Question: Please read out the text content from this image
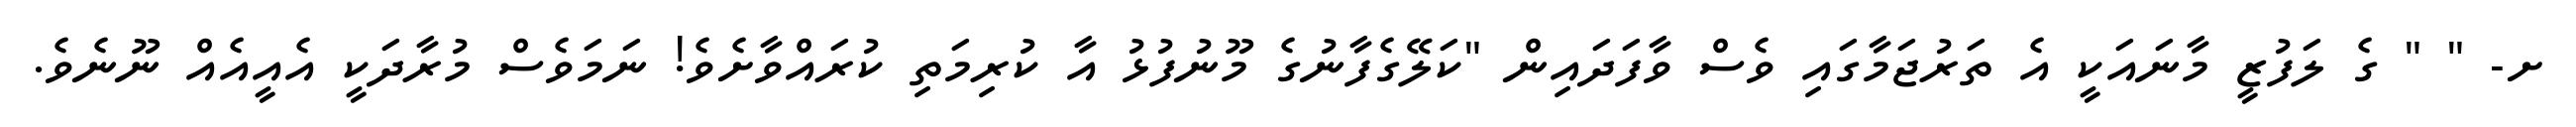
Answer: ށ- " " ގެ ލަފުޒީ މާނައަކީ އެ ތަރުޖަމާގައި ވެސް ވާފަދައިން "ކަލޭގެފާނުގެ މޫނުފުޅު އާ ކުރިމަތި ކުރައްވާށެވެ! ނަމަވެސް މުރާދަކީ އެއީއެއް ނޫނެވެ.